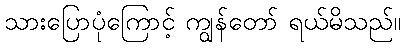
သားပြောပုံကြောင့် ကျွန်တော် ရယ်မိသည်။